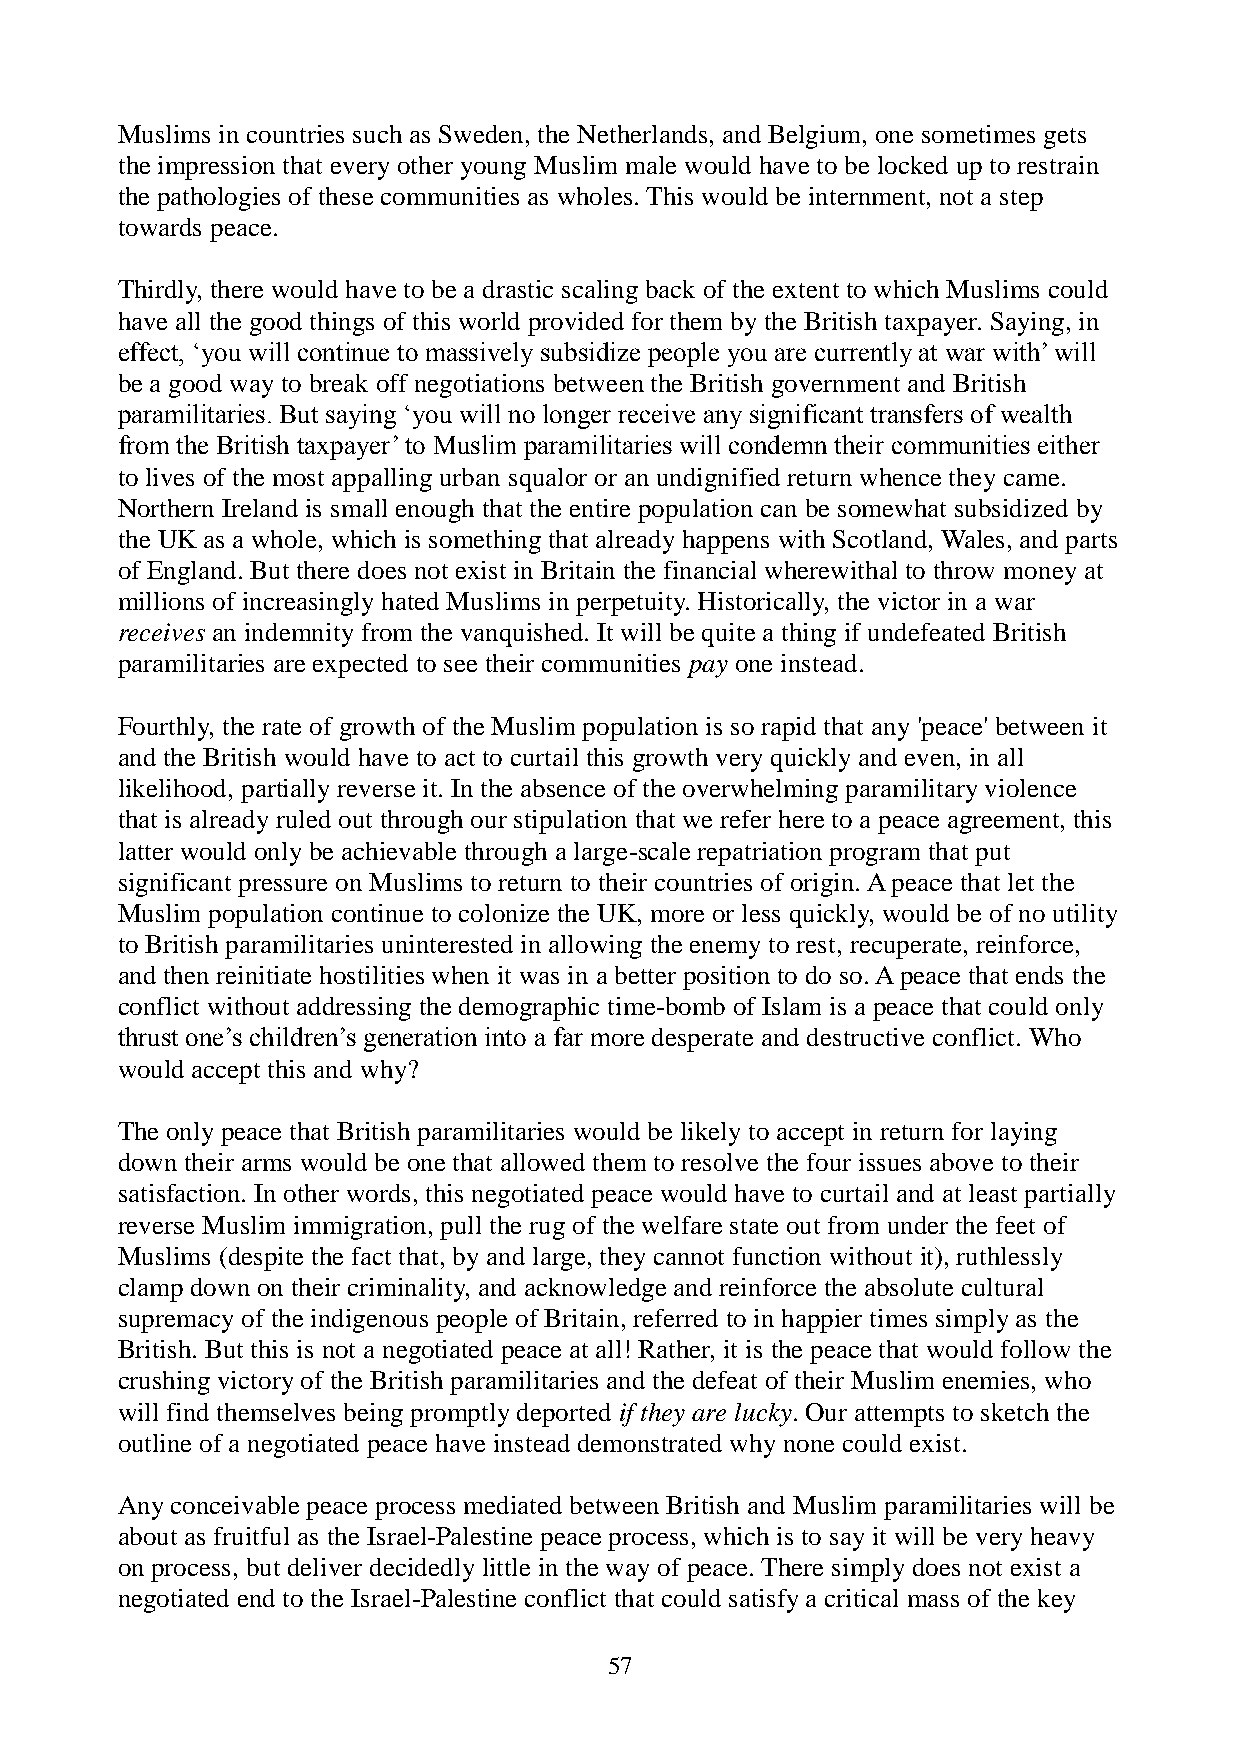
Muslims in countries such as Sweden, the Netherlands, and Belgium, one sometimes gets
 the impression that every other young Muslim male would have to be locked up to restrain
 the pathologies of these communities as wholes. This would be internment, not a step
 towards peace.
 Thirdly, there would have to be a drastic scaling back of the extent to which Muslims could
 have all the good things of this world provided for them by the British taxpayer. Saying, in
 effect, ‘you will continue to massively subsidize people you are currently at war with’ will
 be a good way to break off negotiations between the British government and British
 paramilitaries. But saying ‘you will no longer receive any significant transfers of wealth
 from the British taxpayer’ to Muslim paramilitaries will condemn their communities either
 to lives of the most appalling urban squalor or an undignified return whence they came.
 Northern Ireland is small enough that the entire population can be somewhat subsidized by
 the UK as a whole, which is something that already happens with Scotland, Wales, and parts
 of England. But there does not exist in Britain the financial wherewithal to throw money at
 millions of increasingly hated Muslims in perpetuity. Historically, the victor in a war
 receives an indemnity from the vanquished. It will be quite a thing if undefeated British
 paramilitaries are expected to see their communities pay one instead.
 Fourthly, the rate of growth of the Muslim population is so rapid that any 'peace' between it
 and the British would have to act to curtail this growth very quickly and even, in all
 likelihood, partially reverse it. In the absence of the overwhelming paramilitary violence
 that is already ruled out through our stipulation that we refer here to a peace agreement, this
 latter would only be achievable through a large-scale repatriation program that put
 significant pressure on Muslims to return to their countries of origin. A peace that let the
 Muslim population continue to colonize the UK, more or less quickly, would be of no utility
 to British paramilitaries uninterested in allowing the enemy to rest, recuperate, reinforce,
 and then reinitiate hostilities when it was in a better position to do so. A peace that ends the
 conflict without addressing the demographic time-bomb of Islam is a peace that could only
 thrust one’s children’s generation into a far more desperate and destructive conflict. Who
 would accept this and why?
 The only peace that British paramilitaries would be likely to accept in return for laying
 down their arms would be one that allowed them to resolve the four issues above to their
 satisfaction. In other words, this negotiated peace would have to curtail and at least partially
 reverse Muslim immigration, pull the rug of the welfare state out from under the feet of
 Muslims (despite the fact that, by and large, they cannot function without it), ruthlessly
 clamp down on their criminality, and acknowledge and reinforce the absolute cultural
 supremacy of the indigenous people of Britain, referred to in happier times simply as the
 British. But this is not a negotiated peace at all! Rather, it is the peace that would follow the
 crushing victory of the British paramilitaries and the defeat of their Muslim enemies, who
 will find themselves being promptly deported if they are lucky. Our attempts to sketch the
 outline of a negotiated peace have instead demonstrated why none could exist.
 Any conceivable peace process mediated between British and Muslim paramilitaries will be
 about as fruitful as the Israel-Palestine peace process, which is to say it will be very heavy
 on process, but deliver decidedly little in the way of peace. There simply does not exist a
 negotiated end to the Israel-Palestine conflict that could satisfy a critical mass of the key
 57